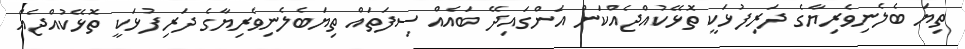
ތިޔަ ބެލެނިވެރިޔާގެ ދަރިފުޅަކީ ތޮޅޭކުއްޖެއްކަން އަންގައިދޭ ބައެއް ސިފަތައް ތިޔަބެލެނިވެރިޔާގެ ދަރިފުޅަކީ ތޮޅޭކުއްޖެއް